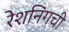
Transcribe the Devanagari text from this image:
रेशनिंगची